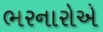
ભરનારોએ